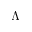
\Lambda